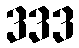
333